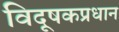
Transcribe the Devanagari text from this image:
विदूषकप्रधान